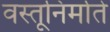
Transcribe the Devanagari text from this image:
वस्तूनिर्माते